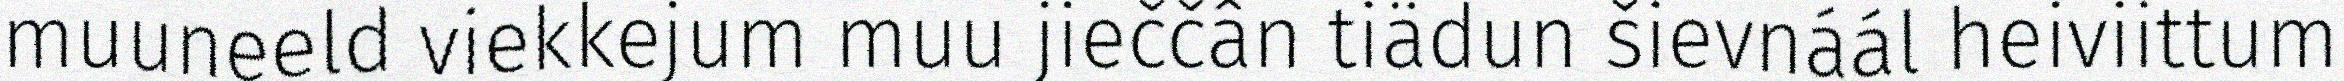
muuneeld viekkejum muu jieččân tiädun šievnáál heiviittum